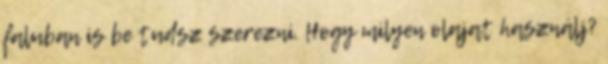
faluban is be tudsz szerezni. Hogy milyen olajat használj?